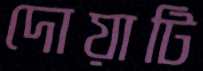
দোয়াটি